Lock hospitals Punjab
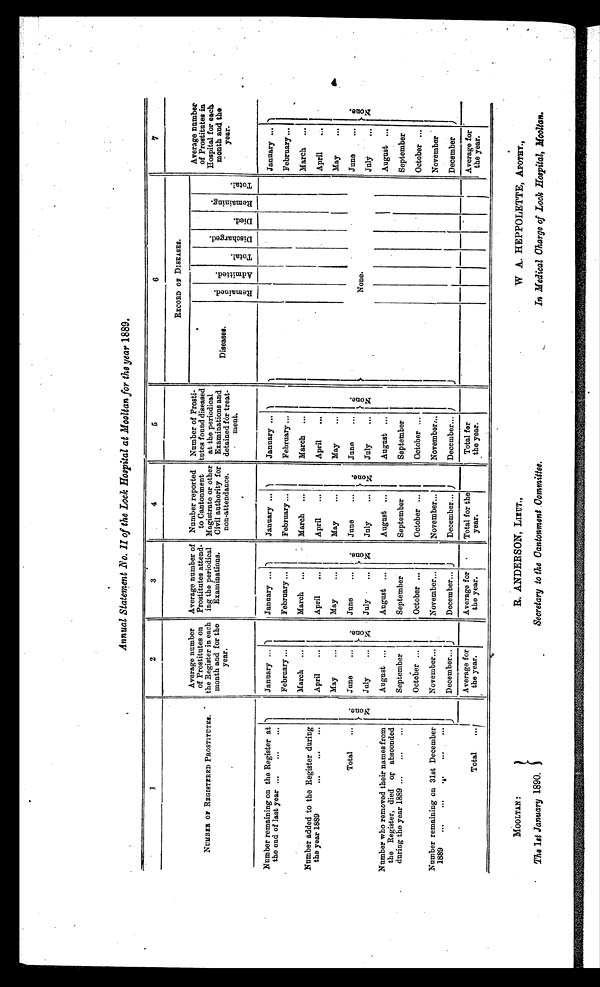
M O O L T A N :
The 1st January 1890.
R. ANDERSON, LIEUT.,
Secretary to the Cantonment Committee.
W A. HEPPOLETTE, APOTHY.,
In Medical Charge of Lock Hospital, Moolten.
Annual Statement No. II of the Lock Hospital at Mooltan for the year 1889.
1
2
3
4
5
6
7
NUMBER OF REGISTERED PROSTITUTES.
Average number
of Prostitutes on
the Register in each
month and for the
year.
Average number of
Prostitutes attend-
ing the periodical
Examinations.
Number reported
to Cantonment
Magistrate or other
Civil authority for
non-attendance.
Number of Prost-
tutes found diseased
at the periodical
Examinations and
detained for treat-
ment.
RECORD OF DISEASES.
Average number
of Prostitutes in
Hospital for each.
month and the
year.
Diseases.
R e m a i n e d . A d m i t t e d .
T o t a l .
D i s c h a r g e d .
D i e d .
R e m a i n i n g .
T o t a l .
Number remaining on the Register at
the end of last year ...
...
..
N o n e .
January ...
N o n e .
January ...
N o n e .
January ...
None.
January ...
None.
January ...
N o n e .
February ...
February ...
February ...
February ...
February ...
Number added to the Register during
t h e y e a r 1 8 8 9 . . . . . . . . .
March ...
March ...
March ...
March ...
March ...
April
...
April
...
April
...
April
...
April
May
...
May
...
May
...
May
...
May
...
Total
...
June
...
June
...
June
...
June
...
None.
June
...
Number who removed their names from
the Register, died for absconded
during the year 1889 ...
...
...
July
July
...
July
...
July
...
July
...
August ...
August ...
August ...
August ...
August ...
September
September
September
September
September
October ...
October ...
October ...
October ...
October ...
Number remaining on 31st December
1889 ... ... ...
. . . . . .
November...
November...
November...
November...
November
December...
December...
December...
December...
December
Total
. . .
Average for
the year.
Average for
the year.
Total for the
year.
Total for
the year.
Average for
the year.